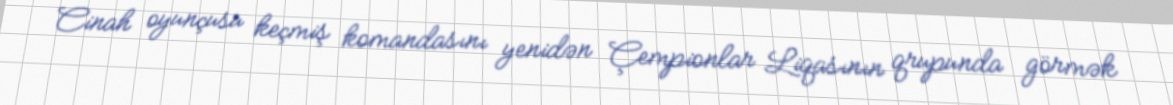
Cinah oyunçusu keçmiş komandasını yenidən Çempionlar Liqasının qrupunda görmək